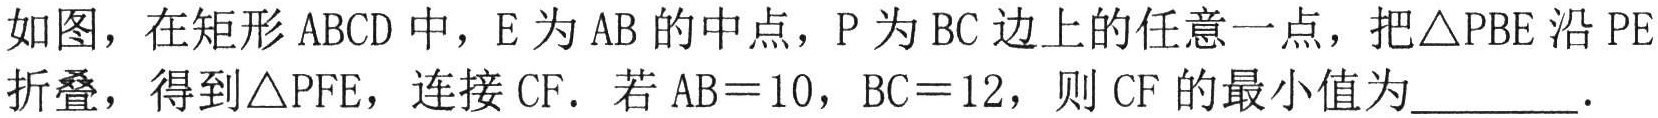
如图，在矩形\(ABCD\)中，\(E\)为\(AB\)的中点，\(P\)为\(BC\)边上的任意一点，把\(\triangle PBE\)沿\(PE\)折叠，得到\(\triangle PFE\)，连接\(CF\)．若\(AB = 10\)，\(BC = 12\)，则\(CF\)的最小值为_________．